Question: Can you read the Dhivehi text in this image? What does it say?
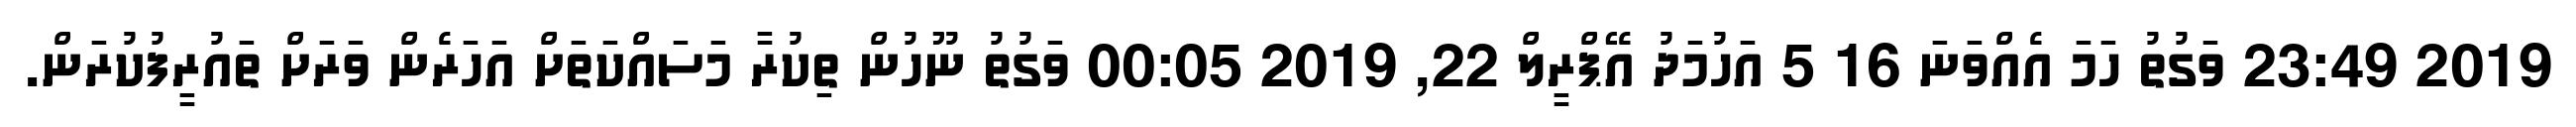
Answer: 2019 23:49 ވަގުތު ހަމަ އެއްވަނަ 16 5 އަހުމަދު އޭޕްރީލް 22, 2019 00:05 ވަގުތު ނޫހުން ތިކުރާ މަސައްކަތަށް އަހަރެން ވަރަށް ތައުރީފުކުރަން.